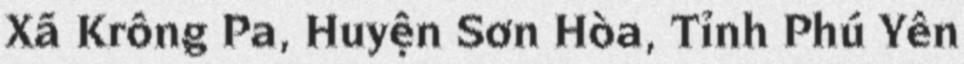
Xã Krông Pa, Huyện Sơn Hòa, Tỉnh Phú Yên